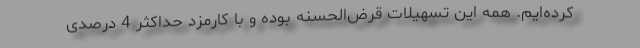
کرده‌ایم. همه این تسهیلات قرض‌الحسنه بوده و با کارمزد حداکثر 4 درصدی